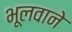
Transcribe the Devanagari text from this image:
भूलवाने